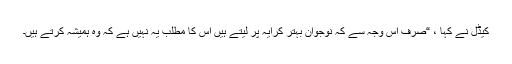
کیڈل نے کہا ، “صرف اس وجہ سے کہ نوجوان بہتر کرایہ پر لیتے ہیں اس کا مطلب یہ نہیں ہے کہ وہ ہمیشہ کرتے ہیں۔